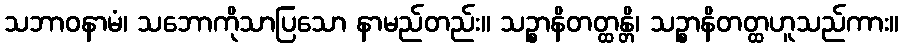
သဘာဝနာမံ၊ သဘောကိုသာပြသော နာမည်တည်း။ သဉ္စာနိတတ္ထန္တိ၊ သဉ္စာနိတတ္ထဟူသည်ကား။